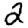
Digit: 2